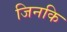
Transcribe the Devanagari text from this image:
जिनकि